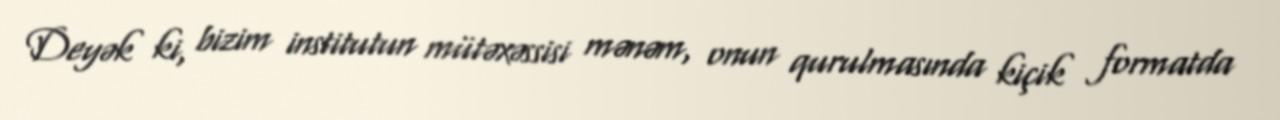
Deyək ki, bizim institutun mütəxəssisi mənəm, onun qurulmasında kiçik formatda